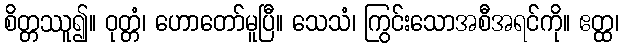
စိတ္တဿူ၍။ ဝုတ္တံ၊ ဟောတော်မူပြီ။ သေသံ၊ ကြွင်းသောအစီအရင်ကို။ ဧတ္ထ၊